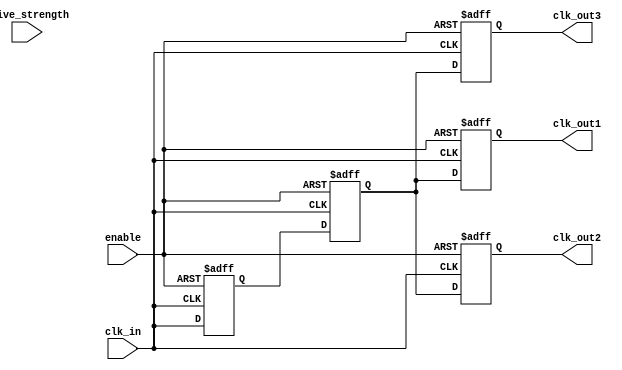
module low_power_clock_buffer (
    input wire clk_in,          // Clock input
    input wire enable,          // Enable signal
    input wire [1:0] drive_strength, // Drive strength configuration
    output reg clk_out1,        // Buffered clock output 1
    output reg clk_out2,        // Buffered clock output 2
    output reg clk_out3         // Buffered clock output 3
);

    // Parameters for buffer stages
    parameter STAGE_DELAY = 2; // Delay for each buffer stage (in simulation time units)

    // Internal signals for buffered clock stages
    reg clk_stage1;
    reg clk_stage2;

    // Clock gating logic
    always @(posedge clk_in or negedge enable) begin
        if (!enable) begin
            clk_stage1 <= 1'b0;
            clk_stage2 <= 1'b0;
            clk_out1 <= 1'b0;
            clk_out2 <= 1'b0;
            clk_out3 <= 1'b0;
        end else begin
            // First stage buffer
            clk_stage1 <= #STAGE_DELAY clk_in;

            // Second stage buffer
            clk_stage2 <= #STAGE_DELAY clk_stage1;

            // Output assignment based on drive strength
            case (drive_strength)
                2'b00: begin
                    clk_out1 <= clk_stage2; // Low drive strength
                    clk_out2 <= clk_stage2; // Low drive strength
                    clk_out3 <= clk_stage2; // Low drive strength
                end
                2'b01: begin
                    clk_out1 <= clk_stage2; // Medium drive strength
                    clk_out2 <= clk_stage2; // Medium drive strength
                    clk_out3 <= clk_stage2; // Medium drive strength
                end
                2'b10: begin
                    clk_out1 <= clk_stage2; // High drive strength
                    clk_out2 <= clk_stage2; // High drive strength
                    clk_out3 <= clk_stage2; // High drive strength
                end
                default: begin
                    clk_out1 <= clk_stage2; // Default to medium drive strength
                    clk_out2 <= clk_stage2;
                    clk_out3 <= clk_stage2;
                end
            endcase
        end
    end

endmodule